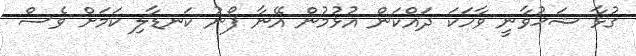
ގުޅާ ޝަޚުވާނީ ވާހަކަ ދައްކަން އުޅުމުން އޭނާ ފޯނު ކަނޑާލި ކަމަށް ވެސް